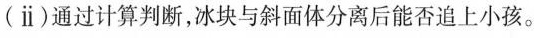
(ⅱ)通过计算判断，冰块与斜面体分离后能否追上小孩。